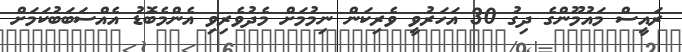
ރައީސް މައުމޫންގެ ދިގު 30 އަހަރުވީ ވެރިކަން ނިމުމަށް މެދުވެރިވި އެންމެބޮޑު އެއްސަބަބުކަމަށް